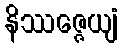
နိဿဇ္ဇေယျံ